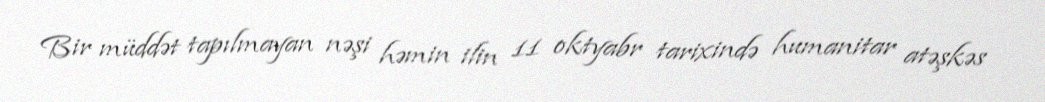
Bir müddət tapılmayan nəşi həmin ilin 11 oktyabr tarixində humanitar atəşkəs